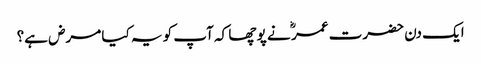
ایک دن حضرت عمر ؓ نے پو چھا کہ آپ کو یہ کیا مرض ہے؟